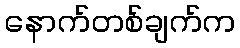
နောက်တစ်ချက်က